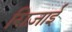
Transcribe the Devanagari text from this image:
ग़िज़ाई